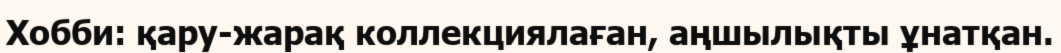
Хобби: қару-жарақ коллекциялаған, аңшылықты ұнатқан.